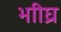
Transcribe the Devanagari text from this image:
भाीघ्र